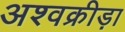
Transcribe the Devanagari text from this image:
अश्वक्रीड़ा